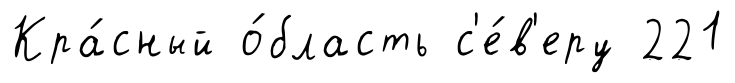
Кра́сный о́бласть с'е́в'еру 221